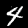
Label: 4